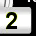
Digit: 2